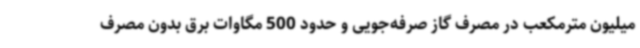
میلیون مترمکعب در مصرف گاز صرفه‌جویی و حدود 500 مگاوات برق بدون مصرف